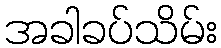
အခါခပ်သိမ်း